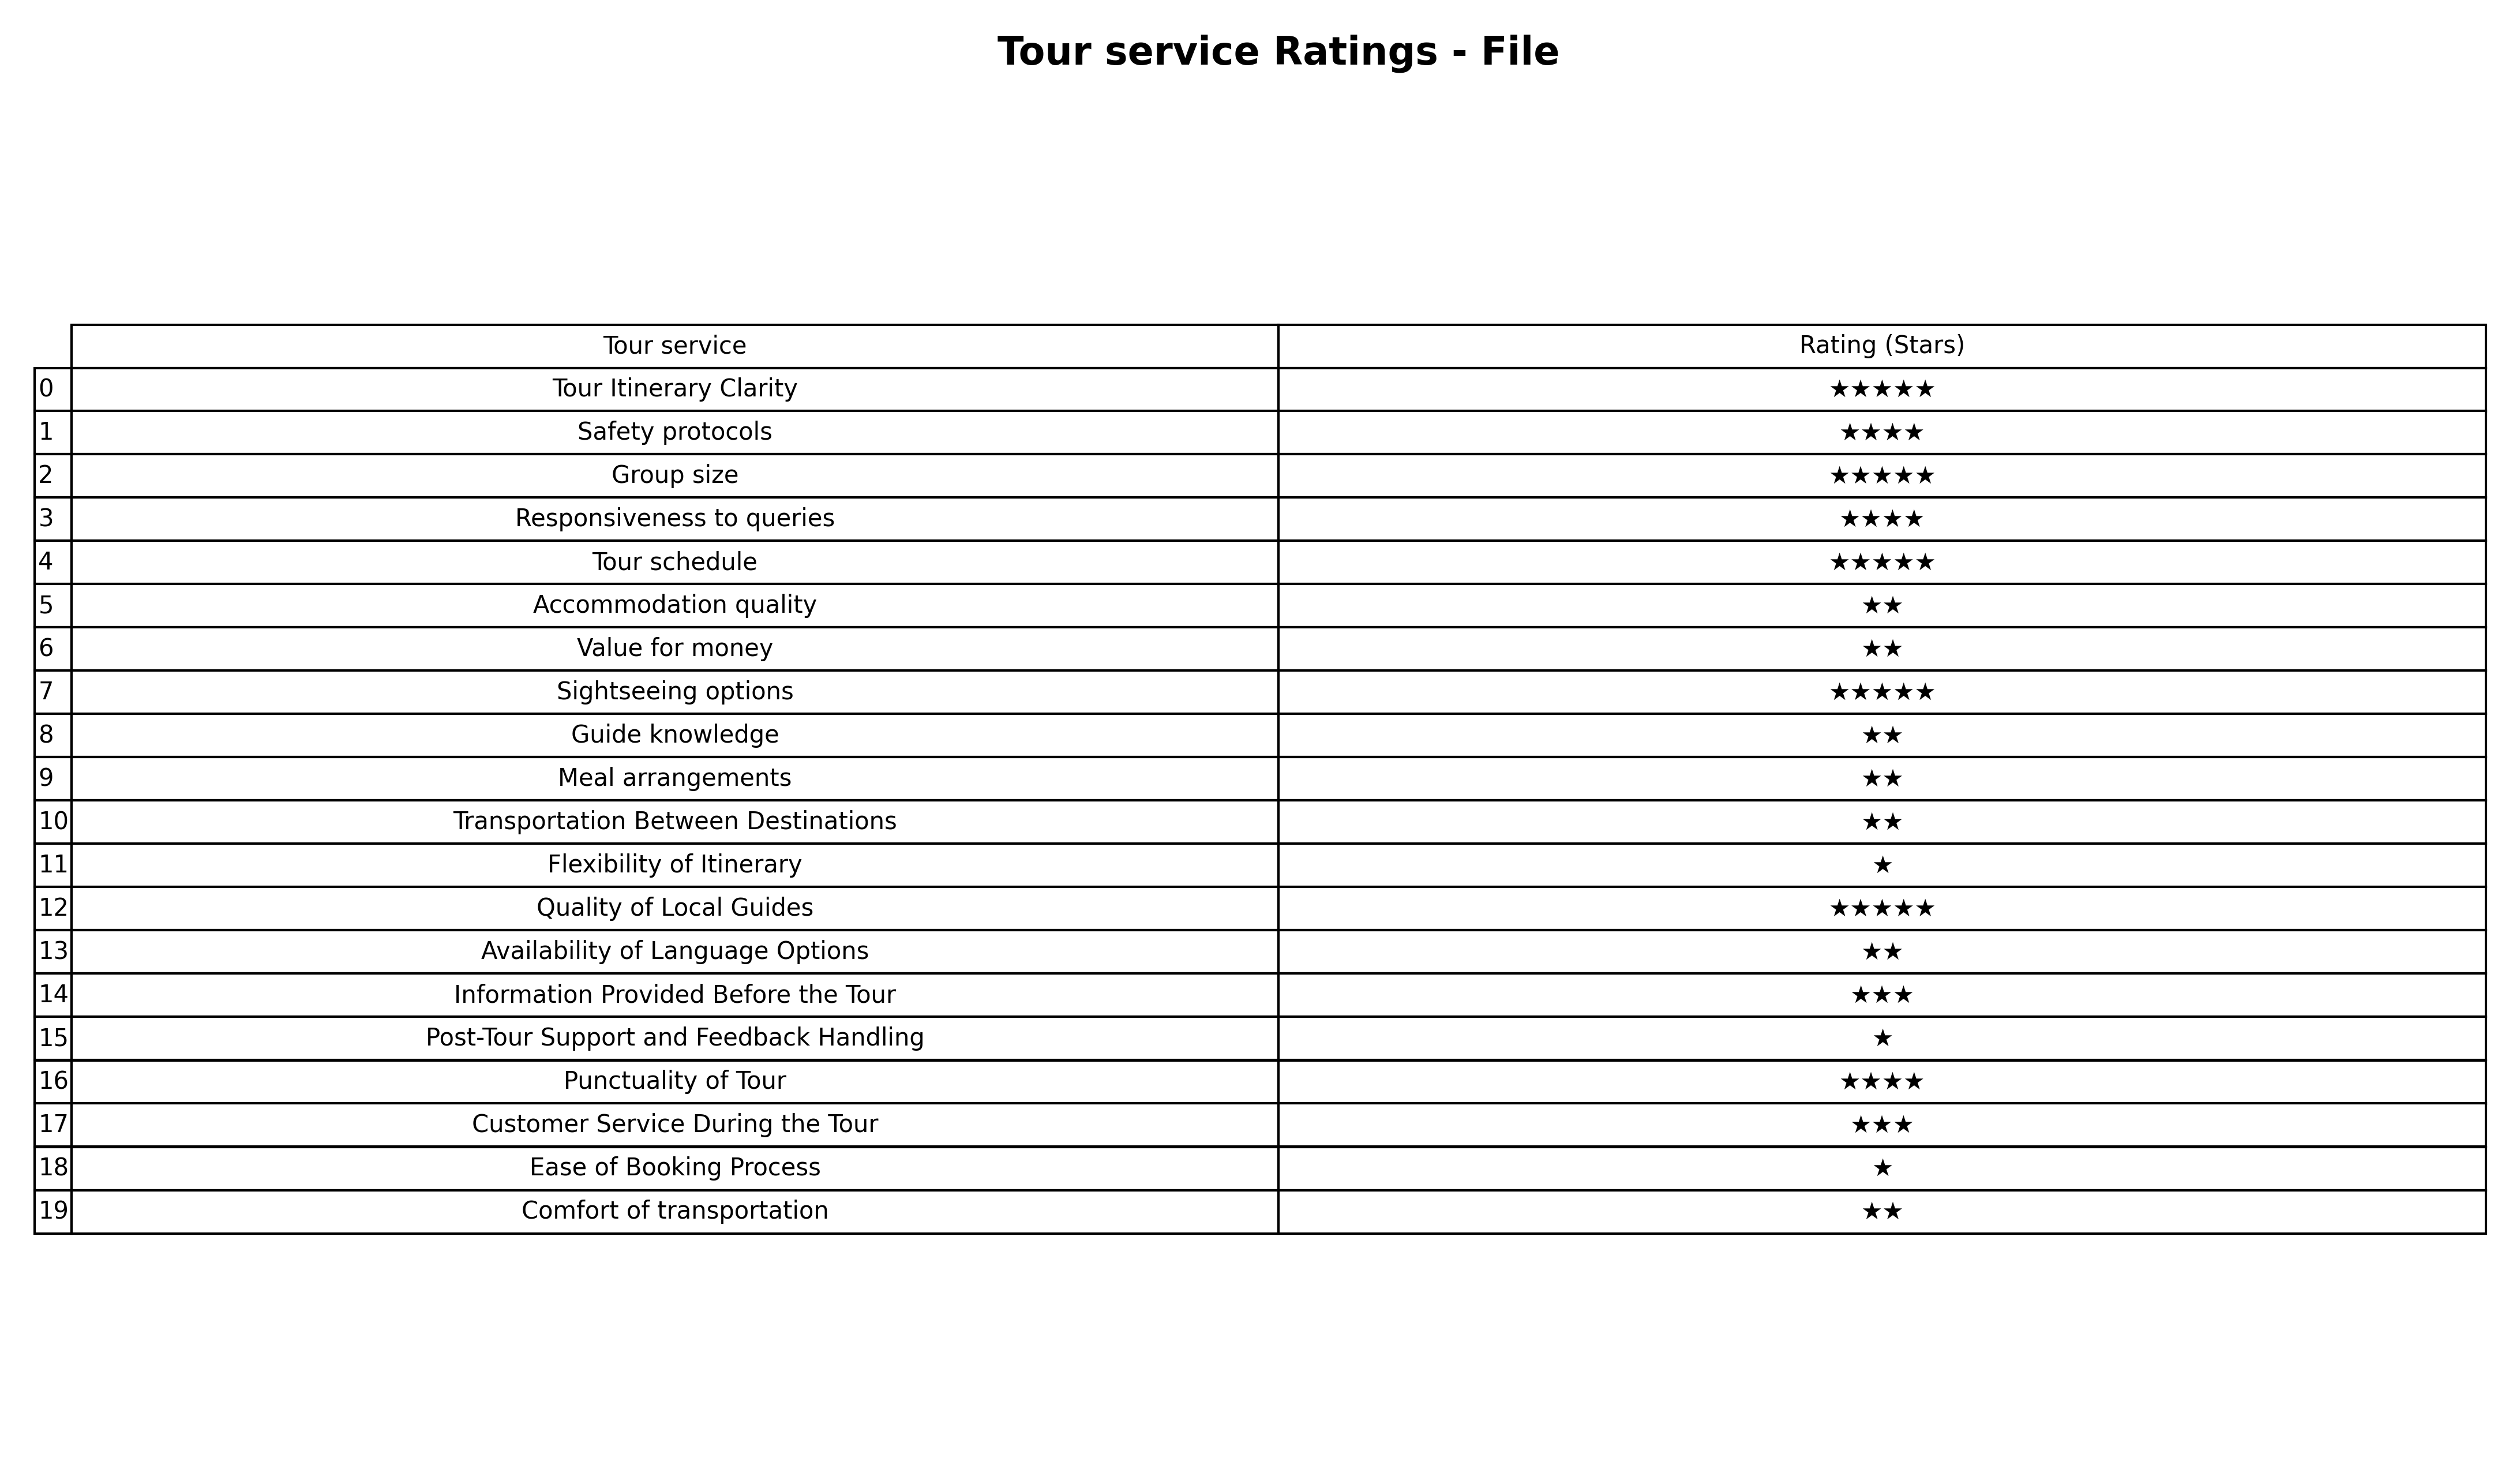
question: What are three star services?
answer: Information Provided Before the TourCustomer Service During the Tour